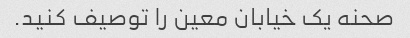
صحنه یک خیابان معین را توصیف کنید.